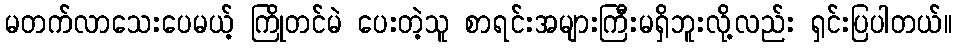
မတက်လာသေးပေမယ့် ကြိုတင်မဲ ပေးတဲ့သူ စာရင်းအများကြီးမရှိဘူးလို့လည်း ရှင်းပြပါတယ်။